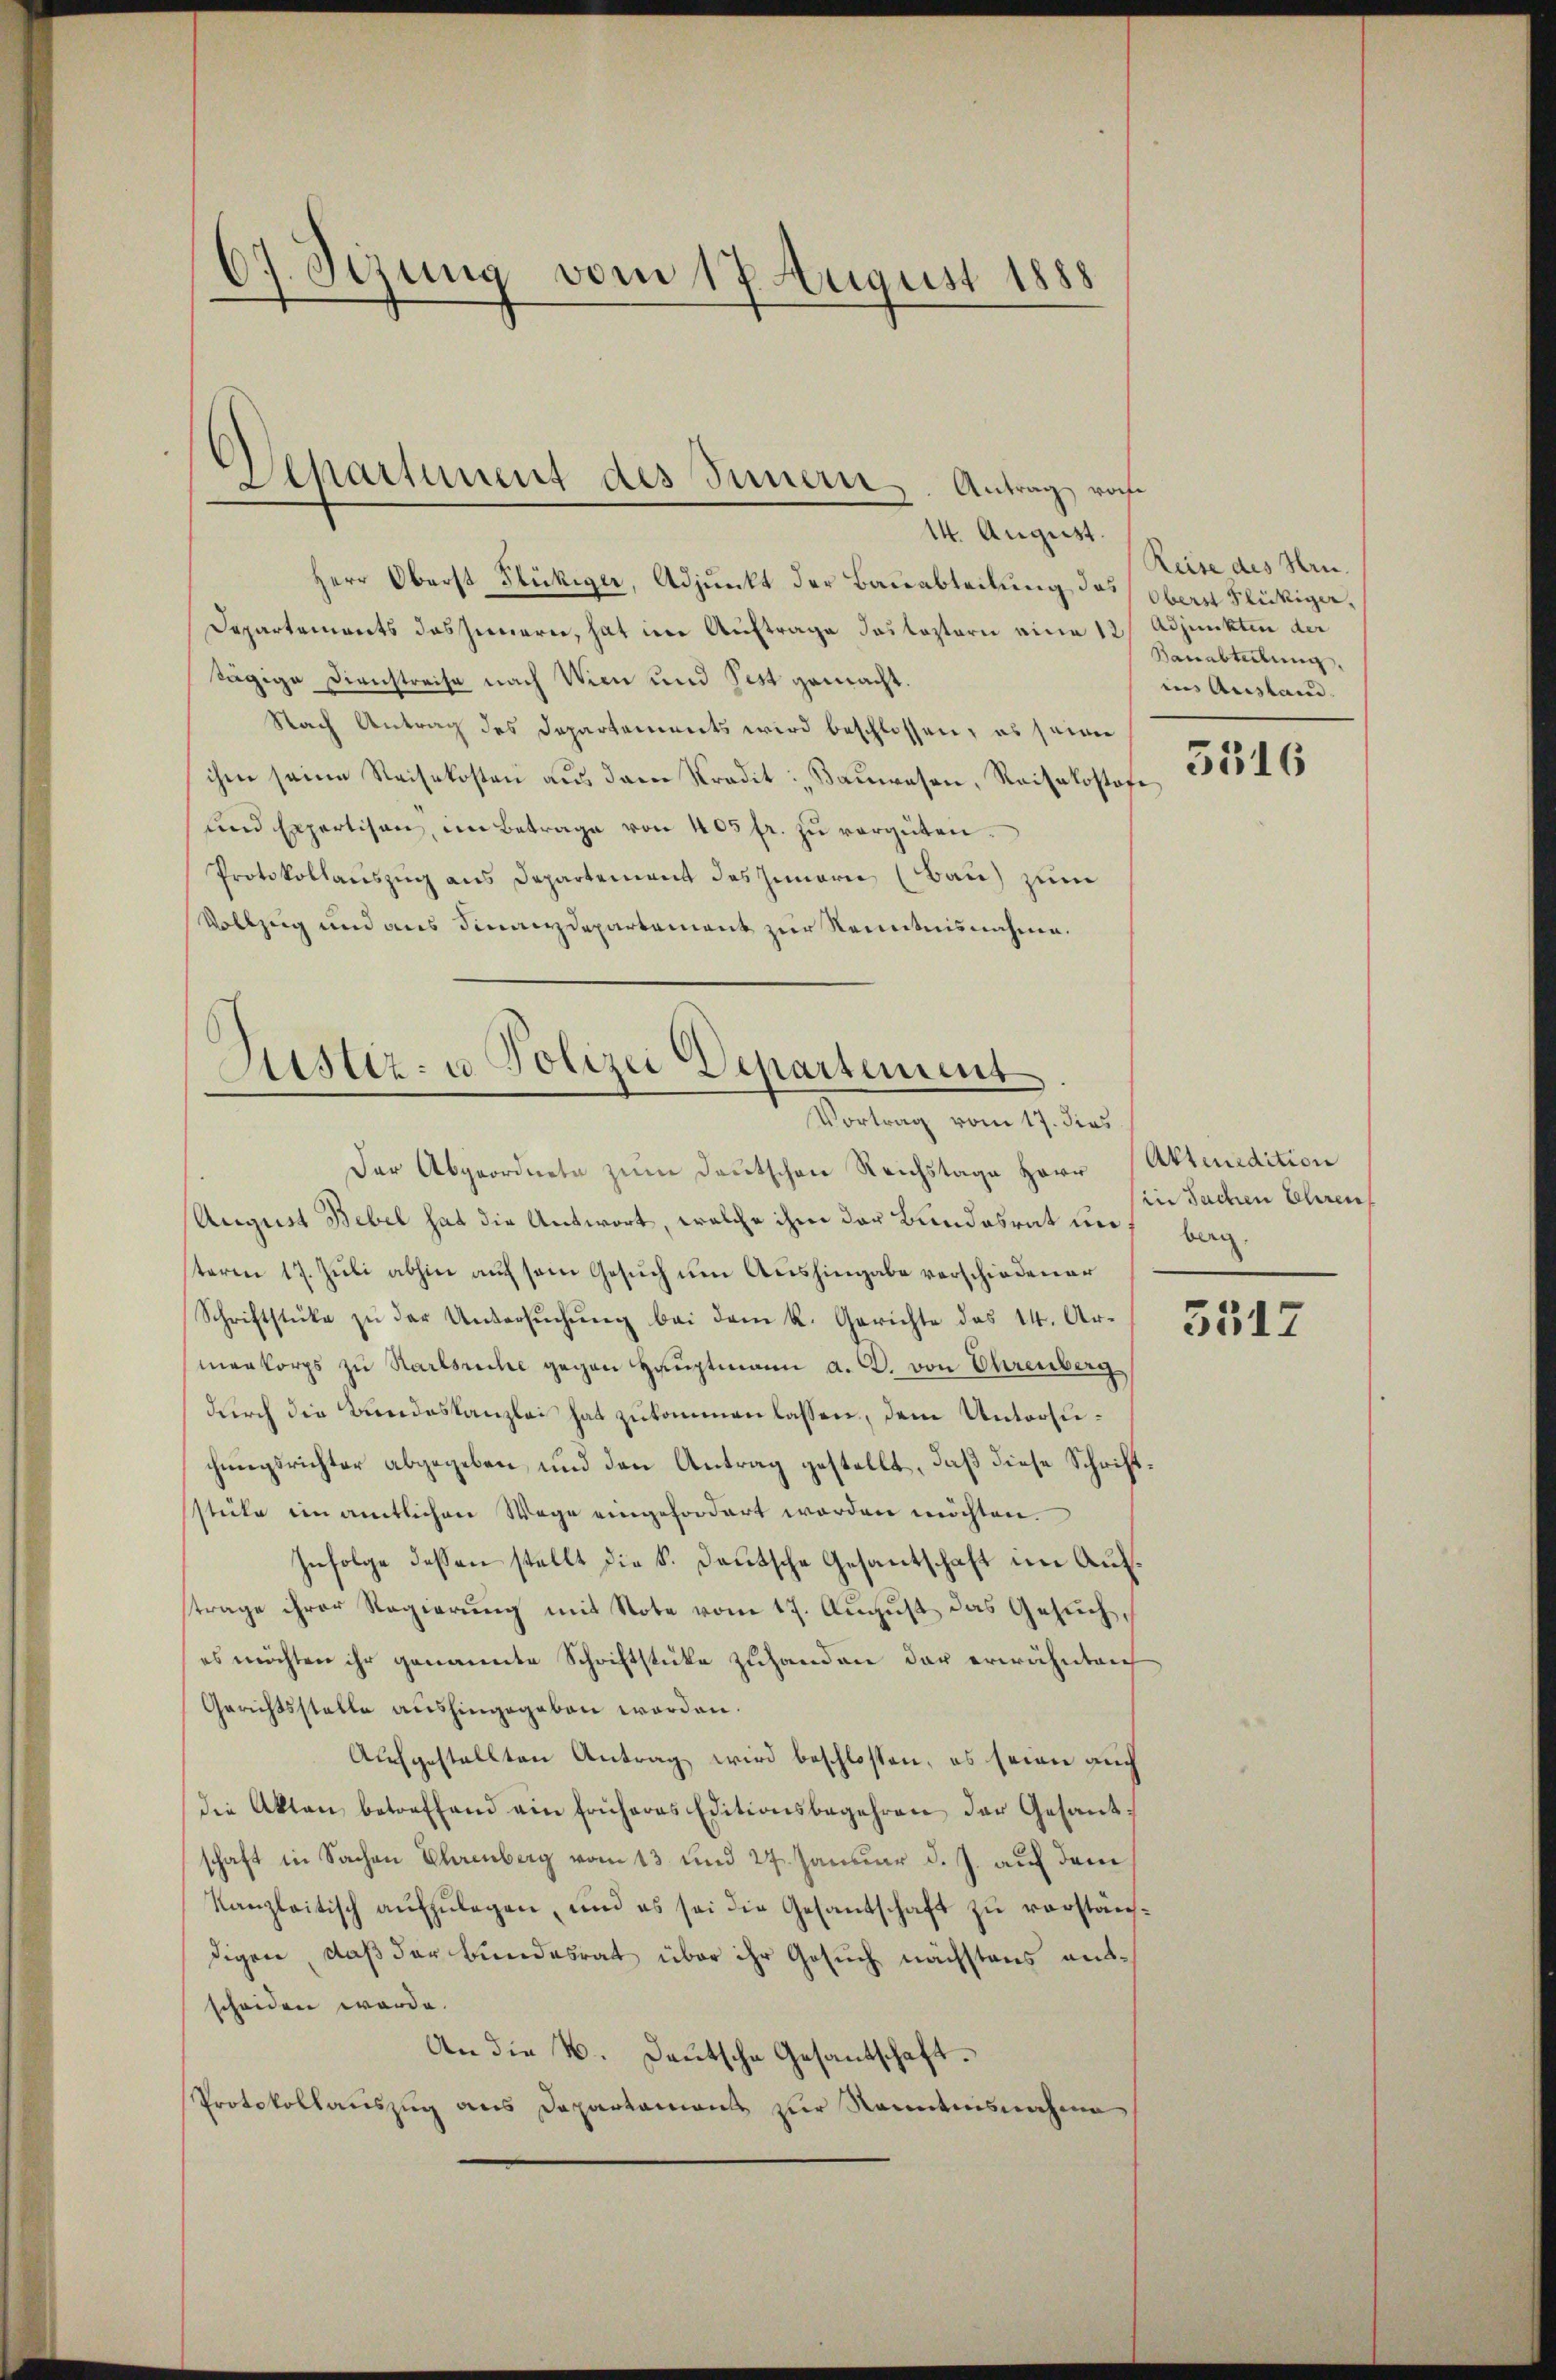
07. Sezung vom 17. August 1888

)
Departement des Innern, Antrag roche
14. August.

Herr Oberst Flückiger, Adjunkt der Bauabteilung des Obern Flückige¬
Departenwerts das Inneren, hat in Auftrage das leztern eine 12 Adjunkten der
tägige Dienstreise nach Wien und Pest gemacht.
Nach Antrag des Departements wird beschlossen, es seiner
ihe seine Reisekosten aŭs dem Stradit: „Baŭwesen, Reisekostofe
und Expertisen, im Betrage von 405 fr. zŭ vergüten.
Protokollaŭszŭg ans Departement des Innern (Bau) zum
Vollzug und aus Finanzdepartement zur Kenntnisnahme.

Justiz- u. Polizei Departement
Vortrag vom 17. dies

Der Abgeordnete zum Deutschen Reichstage Herr Aktendition

August Bebel hat die Antwort, welche ihm der Bundesrat und begteren 17. Jŭli abhin auf sein Gesuch um Aushingabe verschiedener
Schriftstücke zŭ der Untersŭchŭng bei dem k. Gerichte des 14. Ar-
menkorps zu Karlsriche gegen Hauptmann a. D. von Ehrenberg
dŭrch die Bundeskanzlei hat zukommen lassen, dem Untersuchungsrichter abgegeben, und den Antrag gestellt, daß diese Schriftstücke im amtlichen Wege eingefordert worden möchten.
Infolge dessen stellt die S. Deutsche Gesantschaft im Aufstrage ihrer Regierung mit Note vom 17. August das Gesuch,
es möchten ihr genannte Schriftstücke zuhanden der erwähnlich
Gerichtsstelle aushingegeben worden.
Aufgestellten Antrag wird beschlossen, es seien auch
die Akten betreffend ein früheres Editionsbegehren der Gesant-
schaft in Sachen Ehrenberg vom 13. und 27. Januar d. J. auf dem
Kanzleitisch aŭfzŭlegen, und es sei die Gesandtschaft zŭ verständigen, daß der Bundesrat über ihr Gesuch nächstens entscheiden werde.
An die 4. Deutsche Gesantschaft.
Protokollauszug aus Departamonts zur Renntnisnahme

Reise des Hrn.
Bauabteilung,
ins Austand.
5316

(in Sachen Ehren

3517